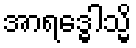
အာရဒ္ဓေါသ္မိ